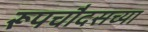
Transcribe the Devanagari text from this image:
रूपचौदसच्या